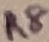
Text: R8